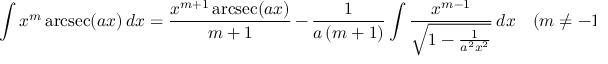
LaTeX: \int x ^ { m } \operatorname { a r c s e c } ( a x ) \, d x = { \frac { x ^ { m + 1 } \operatorname { a r c s e c } ( a x ) } { m + 1 } } \, - \, { \frac { 1 } { a \, ( m + 1 ) } } \int { \frac { x ^ { m - 1 } } { \sqrt { 1 - { \frac { 1 } { a ^ { 2 } x ^ { 2 } } } } } } \, d x \quad ( m \neq - 1 )